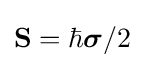
{\textstyle \mathbf {S} =\hbar {\boldsymbol {\sigma }}/2}